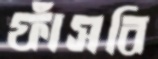
ফাঁসবি